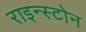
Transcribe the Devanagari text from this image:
राइन्स्टोन